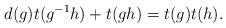
LaTeX: \begin{align*} d(g)t(g^{-1}h)+t(gh)= t(g)t(h).\end{align*}